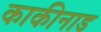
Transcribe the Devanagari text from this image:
काकीनाड